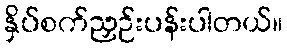
နှိပ်စက်ညှဉ်းပန်းပါတယ်။